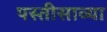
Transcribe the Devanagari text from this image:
पस्तीसाव्या